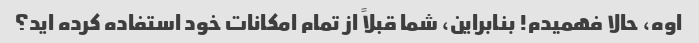
اوه، حالا فهمیدم! بنابراین، شما قبلاً از تمام امکانات خود استفاده کرده اید؟